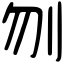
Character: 刎